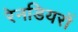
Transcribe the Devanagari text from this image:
रेनडियरों